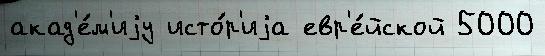
акад'е́м'иjу исто́р'иjа евр'е́йской 5000